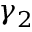
\gamma _ { 2 }